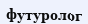
футуролог